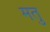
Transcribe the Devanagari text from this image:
मतु